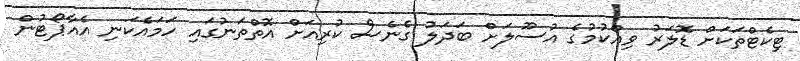
ޓިކެޓްތަކަށް ޑޮލަރު ވިއްކުމުގެ އުސޫލަށް ބަދަލު ގެނެސް ކުރިއަށް އޮތްތަނުގައި ހަމައެކަނި އެއާޕޯޓުން